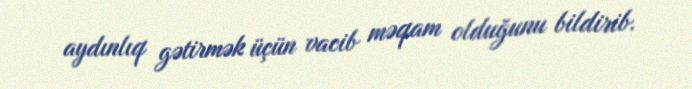
aydınlıq gətirmək üçün vacib məqam olduğunu bildirib.